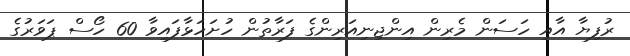
ރުފިޔާ އާއި ހަސަން މެރިން އިންޖިނިއަރިންގެ ފަރާތުން ހުށަހަޅާފައިވާ 60 ހޯސް ޕަވަރުގެ